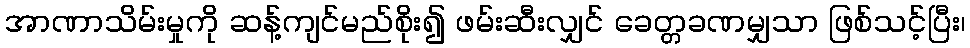
အာဏာသိမ်းမှုကို ဆန့်ကျင်မည်စိုး၍ ဖမ်းဆီးလျှင် ခေတ္တခဏမျှသာ ဖြစ်သင့်ပြီး၊